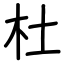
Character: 杜